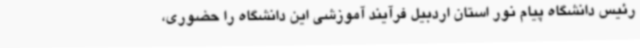
رئیس دانشگاه پیام نور استان اردبیل فرآیند آموزشی این دانشگاه را حضوری،